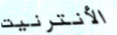
الأنترنيت